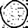
Digit: 0